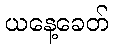
ယနေ့ခေတ်